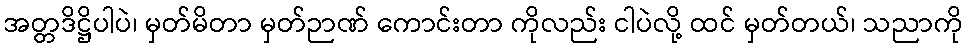
အတ္တဒိဋ္ဌိပါပဲ၊ မှတ်မိတာ မှတ်ဉာဏ် ကောင်းတာ ကိုလည်း ငါပဲလို့ ထင် မှတ်တယ်၊ သညာကို